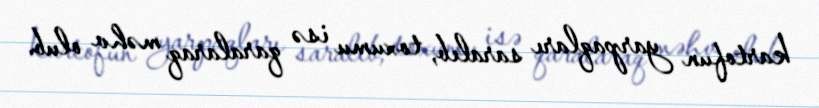
kartofun yarpaqları saralıb, toxumu isə qaralaraq məhv olub.